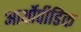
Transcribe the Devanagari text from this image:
आर्थोपीडिक